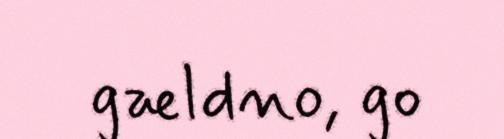
gældno, go